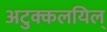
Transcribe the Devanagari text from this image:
अटुक्कलयिल्